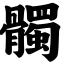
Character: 髑